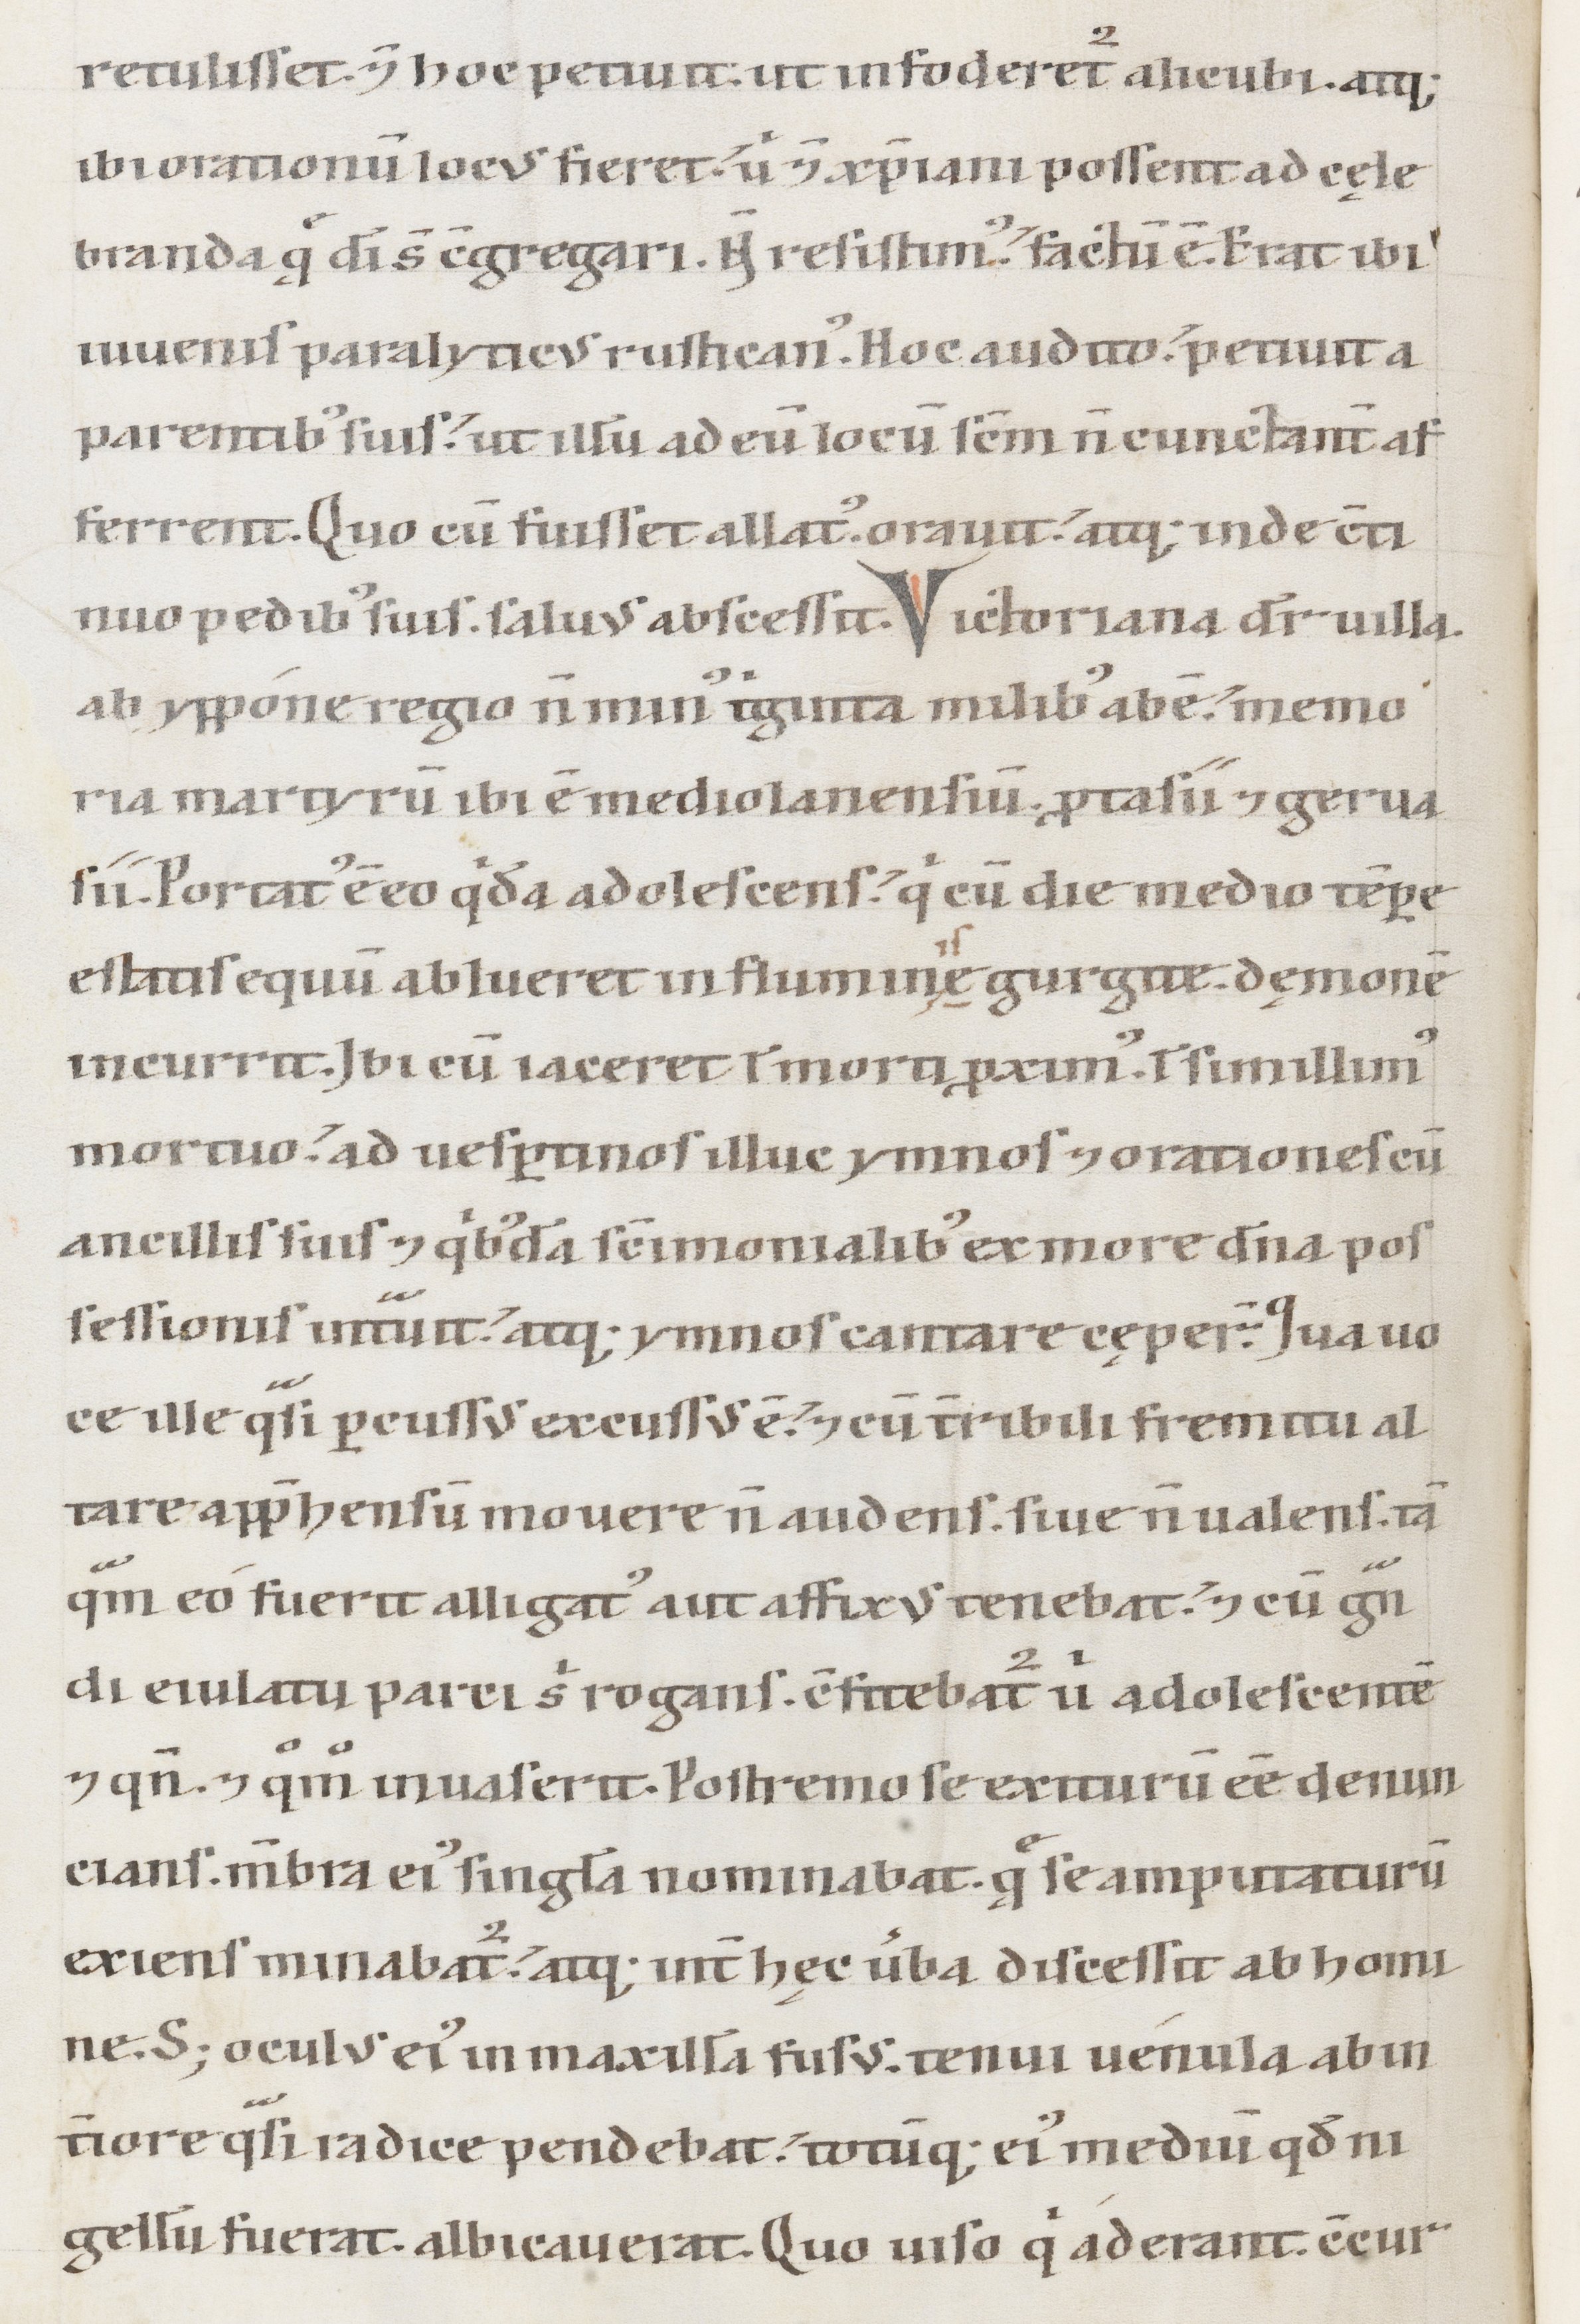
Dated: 1147–1178